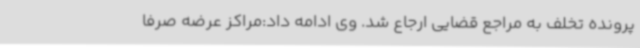
پرونده تخلف به مراجع قضایی ارجاع شد. وی ادامه داد:مراکز عرضه صرفاً